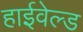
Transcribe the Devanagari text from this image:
हाईवेल्ड